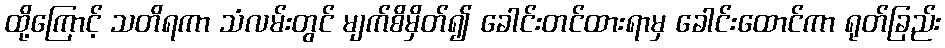
ထို့ကြောင့် သတိရကာ သံလမ်းတွင် မျက်စိမှိတ်၍ ခေါင်းတင်ထားရာမှ ခေါင်းထောင်ကာ ရုတ်ခြည်း